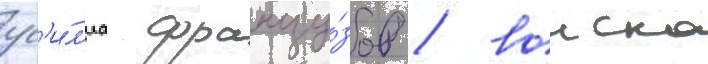
ус'и́л'иа францу́зов / воиска